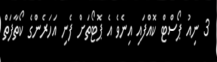
3 ނިއު ޕޯސްޓް ކޮއްފައި އިނެވެ އެ ޕޮޓޯތަށް ފެނި އަހަރެންގެ ކޯތާފަތް